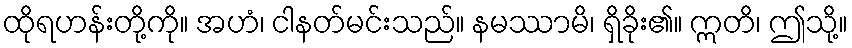
ထိုရဟန်းတို့ကို။ အဟံ၊ ငါနတ်မင်းသည်။ နမဿာမိ၊ ရှိခိုး၏။ ဣတိ၊ ဤသို့။